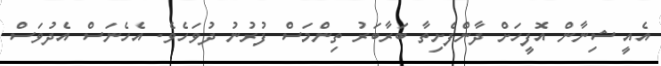
އެއީ ޝިނާން އޮފީހަށް ދާންފެށިތާ ބަރާބަރު ތިންމަސް ފުރުނު ދުވަހެވެ. އެހެނަސް އެދުވަސް